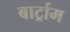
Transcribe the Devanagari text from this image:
बार्ट्राम